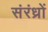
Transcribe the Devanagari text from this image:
संरंध्रों